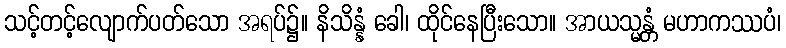
သင့်တင့်လျောက်ပတ်သော အရပ်၌။ နိသိန္နံ ခေါ၊ ထိုင်နေပြီးသော။ အာယသ္မန္တံ မဟာကဿပံ၊